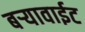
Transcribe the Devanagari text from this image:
बऱ्यावाईट